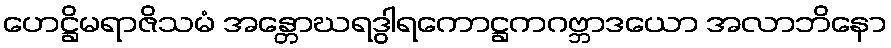
ဟေဋ္ဌိမရာဇိသမံ အန္တောဃရဒွါရကောဋ္ဌကဂဗ္ဘာဒယော အလာဘိနော